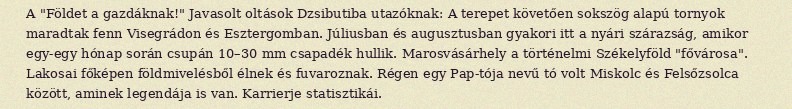
A "Földet a gazdáknak!" Javasolt oltások Dzsibutiba utazóknak: A terepet követően sokszög alapú tornyok maradtak fenn Visegrádon és Esztergomban. Júliusban és augusztusban gyakori itt a nyári szárazság, amikor egy-egy hónap során csupán 10–30 mm csapadék hullik. Marosvásárhely a történelmi Székelyföld "fővárosa". Lakosai főképen földmivelésből élnek és fuvaroznak. Régen egy Pap-tója nevű tó volt Miskolc és Felsőzsolca között, aminek legendája is van. Karrierje statisztikái.